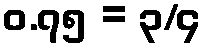
၀.၇၅ = ၃/၄